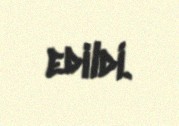
edildi.